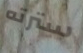
سترته